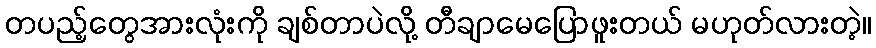
တပည့်တွေအားလုံးကို ချစ်တာပဲလို့ တီချာမေပြောဖူးတယ် မဟုတ်လားတဲ့။